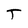
Character: T